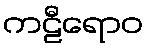
ကဠီရောဝ